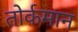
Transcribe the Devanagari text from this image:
तोर्कमान